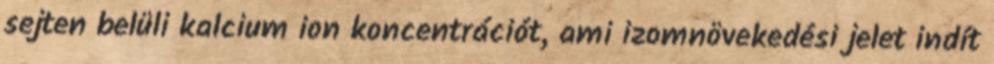
sejten belüli kalcium ion koncentrációt, ami izomnövekedési jelet indít